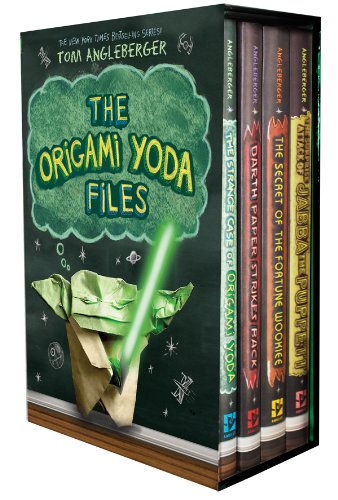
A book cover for Origami Yoda Files: Boxed Set; Tom Angleberger; Crafts, Hobbies & Home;